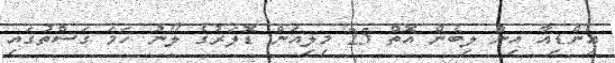
އިންޑިއާ އިން ލިބެން އޮތް 25 މިލިއަން ޑޮލަރުގެ ލޯނު ހަމަ ގަސްތުގައި